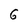
Character: 6